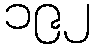
၁၉၂